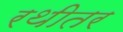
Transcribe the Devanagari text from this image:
रथीतर